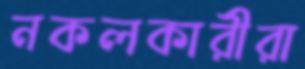
নকলকারীরা